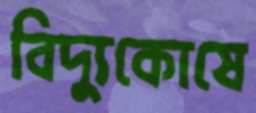
বিদ্যুকোষে